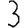
Digit: 3